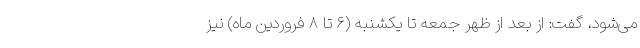
می‌شود، گفت: از بعد از ظهر جمعه تا یکشنبه (۶ تا ۸ فروردین ماه) نیز